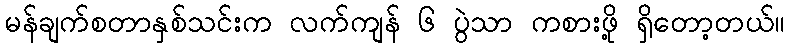
မန်ချက်စတာနှစ်သင်းက လက်ကျန် ၆ ပွဲသာ ကစားဖို့ ရှိတော့တယ်။